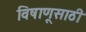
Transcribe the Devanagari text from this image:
विषाणूसाठी